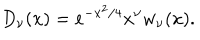
D _ { \nu } ( x ) = e ^ { - x ^ { 2 } / 4 } x ^ { \nu } w _ { \nu } ( x ) .